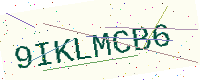
Text: 9IKLMCB6